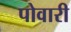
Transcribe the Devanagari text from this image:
पोवारी